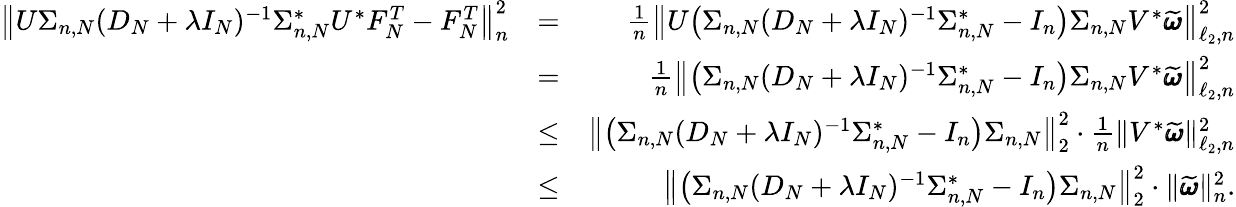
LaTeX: \begin{array}{rlr}{\big\| U\Sigma_{n,N}(D_{N}+\lambda I_{N})^{-1}\Sigma_{n,N}^{*}U^{*}F_{N}^{T}-F_{N}^{T}\big\| _{n}^{2}}&{=}&{\frac{1}{n}\big\| U\big(\Sigma_{n,N}(D_{N}+\lambda I_{N})^{-1}\Sigma_{n,N}^{*}-I_{n}\big)\Sigma_{n,N}V^{*}\widetilde{\pmb{\omega}}\big\| _{\ell_{2},n}^{2}}\\ &{=}&{\frac{1}{n}\big\| \big(\Sigma_{n,N}(D_{N}+\lambda I_{N})^{-1}\Sigma_{n,N}^{*}-I_{n}\big)\Sigma_{n,N}V^{*}\widetilde{\pmb{\omega}}\big\| _{\ell_{2},n}^{2}}\\ &{\leq}&{\big\| \big(\Sigma_{n,N}(D_{N}+\lambda I_{N})^{-1}\Sigma_{n,N}^{*}-I_{n}\big)\Sigma_{n,N}\big\| _{2}^{2}\cdot\frac{1}{n}\| V^{*}\widetilde{\pmb{\omega}}\| _{\ell_{2},n}^{2}}\\ &{\leq}&{\big\| \big(\Sigma_{n,N}(D_{N}+\lambda I_{N})^{-1}\Sigma_{n,N}^{*}-I_{n}\big)\Sigma_{n,N}\big\| _{2}^{2}\cdot\| \widetilde{\pmb{\omega}}\| _{n}^{2}.}\end{array}